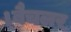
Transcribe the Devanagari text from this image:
।बैचलर